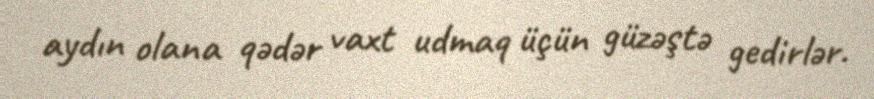
aydın olana qədər vaxt udmaq üçün güzəştə gedirlər.